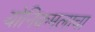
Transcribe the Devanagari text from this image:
योनिकमलाचा